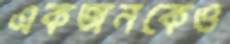
একজনকেও